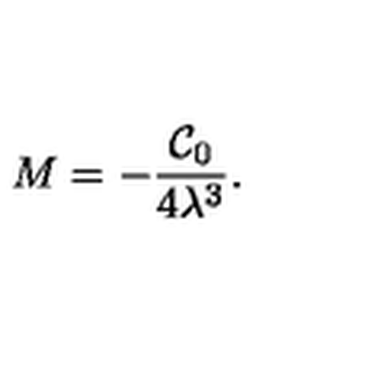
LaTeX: M = - \frac { \mathcal { C } _ { 0 } } { 4 \lambda ^ { 3 } } .